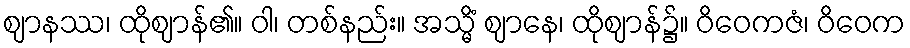
ဈာနဿ၊ ထိုဈာန်၏။ ဝါ၊ တစ်နည်း။ အသ္မိံ ဈာနေ၊ ထိုဈာန်၌။ ဝိဝေကဇံ၊ ဝိဝေက